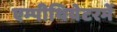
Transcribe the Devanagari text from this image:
एम्पीथियेटरमें